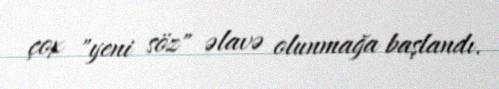
çox "yeni söz" əlavə olunmağa başlandı.